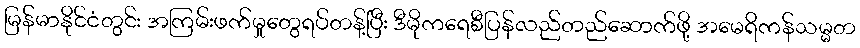
မြန်မာနိုင်ငံတွင်း အကြမ်းဖက်မှုတွေရပ်တန့်ပြီး ဒီမိုကရေစီပြန်လည်တည်ဆောက်ဖို့ အမေရိကန်သမ္မတ